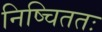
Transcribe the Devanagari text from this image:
निष्चिततः